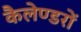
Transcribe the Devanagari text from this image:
कैलेण्डरों